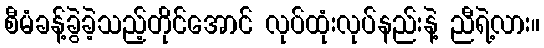
စီမံခန့်ခွဲခဲ့သည့်တိုင်အောင် လုပ်ထုံးလုပ်နည်းနဲ့ ညီရဲ့လား။